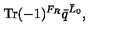
\mathrm { T r } ( - 1 ) ^ { F _ { R } } { \bar { q } } ^ { { \bar { L } } _ { 0 } } ,